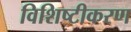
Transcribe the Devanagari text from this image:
विशिष्‍टीकरण